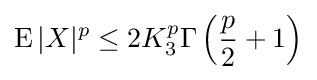
\operatorname {E} |X|^{p}\leq 2K_{3}^{p}\Gamma \left({\frac {p}{2}}+1\right)